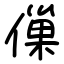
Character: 㑿